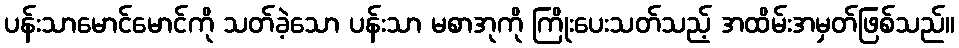
ပန်းသာမောင်မောင်ကို သတ်ခဲ့သော ပန်းသာ မစာအုကို ကြိုးပေးသတ်သည့် အထိမ်းအမှတ်ဖြစ်သည်။